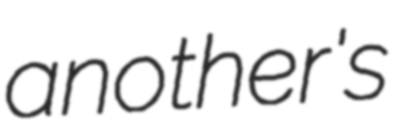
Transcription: another's